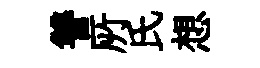
讐𠩄氏想